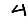
Digit: 4